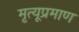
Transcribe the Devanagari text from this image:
मृत्यूप्रमाण